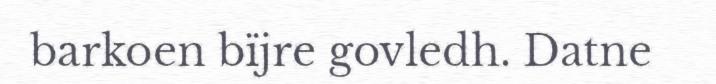
barkoen bïjre govledh. Datne